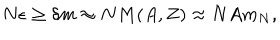
LaTeX: N \epsilon \geq \delta m \approx N M ( A , Z ) \approx N A m _ { N } ,